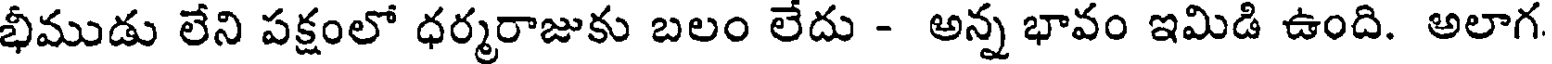
భీముడు లేని పక్షంలో ధర్మరాజుకు బలం లేదు - అన్న భావం ఇమిడి ఉంది. అలాగ